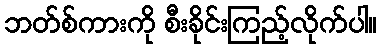
ဘတ်စ်ကားကို စီးခိုင်းကြည့်လိုက်ပါ။